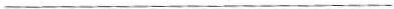
___